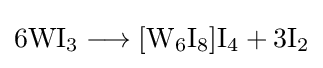
\mathrm {6WI_{3}\longrightarrow [W_{6}I_{8}]I_{4}+3I_{2}}